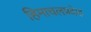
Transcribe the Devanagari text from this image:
हिमाचलप्रदेश